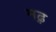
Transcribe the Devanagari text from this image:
मढ़़